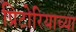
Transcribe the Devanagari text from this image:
प्रिटोरियाच्या